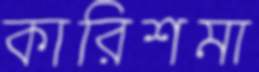
কারিশমা